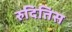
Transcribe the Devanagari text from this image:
रुदितिस